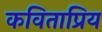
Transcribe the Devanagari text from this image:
कविताप्रिय